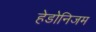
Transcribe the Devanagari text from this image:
हेडोनिजम